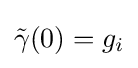
{\tilde {\gamma }}(0)=g_{i}